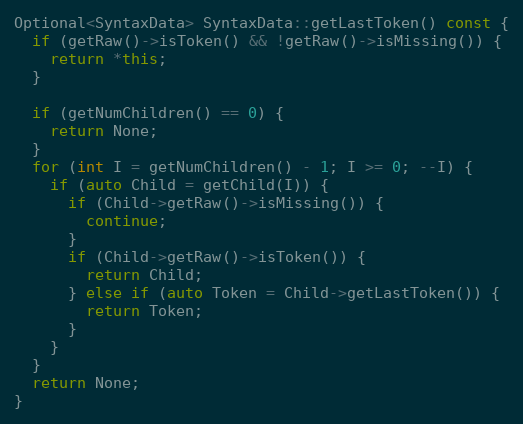
Language: C++
Optional<SyntaxData> SyntaxData::getLastToken() const {
  if (getRaw()->isToken() && !getRaw()->isMissing()) {
    return *this;
  }

  if (getNumChildren() == 0) {
    return None;
  }
  for (int I = getNumChildren() - 1; I >= 0; --I) {
    if (auto Child = getChild(I)) {
      if (Child->getRaw()->isMissing()) {
        continue;
      }
      if (Child->getRaw()->isToken()) {
        return Child;
      } else if (auto Token = Child->getLastToken()) {
        return Token;
      }
    }
  }
  return None;
}